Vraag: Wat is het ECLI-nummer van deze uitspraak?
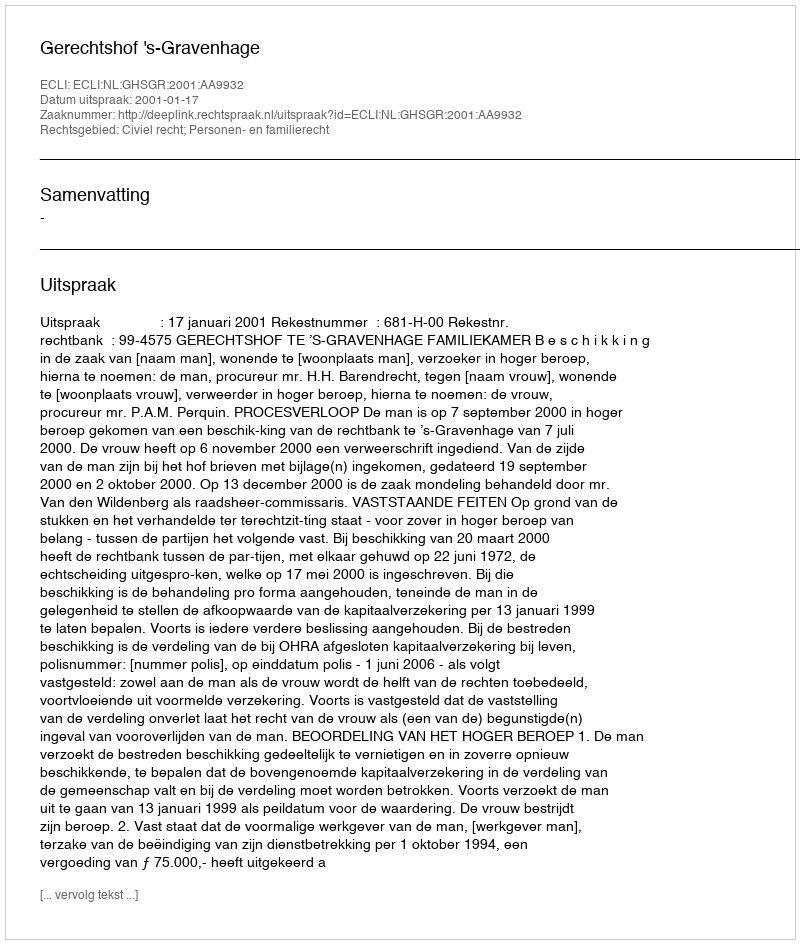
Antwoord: ECLI:NL:GHSGR:2001:AA9932